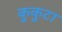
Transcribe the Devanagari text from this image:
कुकुटा